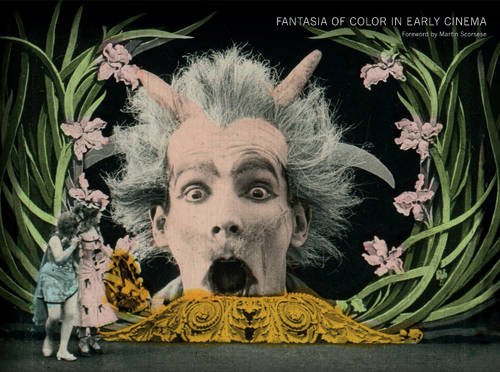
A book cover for Fantasia of Color in Early Cinema (Framing Film); Tom Gunning; Humor & Entertainment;